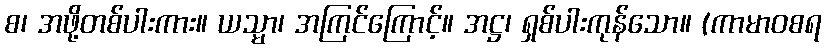
စ၊ အဖို့တစ်ပါးကား။ ယသ္မာ၊ အကြင်ကြောင့်။ အဋ္ဌ၊ ရှစ်ပါးကုန်သော။ (ကာမာဝစရ